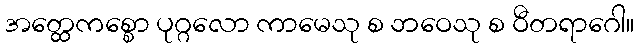
အတ္ထေကစ္စော ပုဂ္ဂလော ကာမေသု စ ဘဝေသု စ ဝီတရာဂေါ။